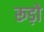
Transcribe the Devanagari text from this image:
रूड़ो